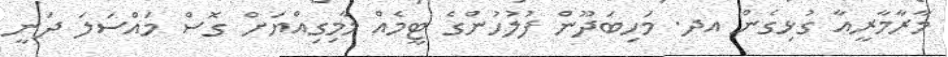
މާރާމާރީއާ ގުޅިގެން އދ. މަހިބަދޫން ފުލުހުންގެ ޓީމެއް މާމިގިއްޔަށް ގޮސް މައްސަލަ ދަނީ